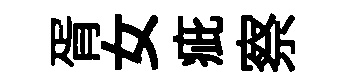
胥女疵察